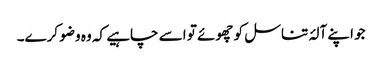
جو اپنے آلۂ تناسل کو چھوئے تو اسے چاہیے کہ وہ وضو کرے۔